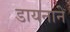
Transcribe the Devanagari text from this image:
डायनाने